system: You are a helpful assistant.
user:
Analyze the provided spectrum to determine if it is a **White Dwarf (WD)**.

A White Dwarf spectrum is defined by its **extreme purity** (due to gravitational settling) and/or **extreme pressure broadening** (due to high surface gravity). You must check for one of the following mutually exclusive signatures:

- **Key Visual Indicators (Check for ONE of these types):**

    - **1. DA-Type Signature (Most Common):**
        - **(Primary Feature):** Extreme pressure broadening (Stark broadening) of the **Hydrogen (H) Balmer lines**.
        - **(Key Lines):** $H\beta$ (approx. $4861$ Å) and $H\gamma$ (approx. $4340$ Å). $H\alpha$ (approx. $6563$ Å) will also be present if the wavelength range covers it.
        - **(Line Profile):** This is the **defining feature**. The lines are **NOT** sharp. They appear as massive, **extremely broad and deep "troughs" or "dips"** in the spectrum, often hundreds of Ångströms wide. The continuum will appear to "scoop" down at these wavelengths.
        - **(Distinction):** Normal A-type or B-type stars have *narrow* and *sharp* Hydrogen lines. A DA White Dwarf's lines are unmistakably "smeared" or "blurry" from pressure.

    - **2. DB-Type Signature:**
        - **(Primary Feature):** Broad absorption lines from **Neutral Helium (He I)**. The spectrum must lack any visible Hydrogen lines.
        - **(Key Lines):** Look for broad absorption near $4471$ Å, $4921$ Å, and $5876$ Å.
        - **(Line Profile):** These lines are also significantly pressure-broadened, appearing much wider than they would in a normal B-type main-sequence star.

    - **3. DC-Type Signature:**
        - **(Primary Feature):** A **featureless continuous spectrum**.
        - **(Line Profile):** The spectrum is a smooth curve with **no significant absorption or emission lines**.
        - **(Key Confirmation):** The continuum is almost always **blue or white**, indicating a hot object. This signature implies the atmosphere is so pure (or so cool) that no spectral lines are visible in the optical range. Its WD identity is confirmed by its extremely low intrinsic brightness (high absolute magnitude).

    - **4. DZ-Type Signature (Metal-Polluted):**
        - **(Primary Feature):** **Isolated, narrow metal absorption lines** on an otherwise featureless (DC-like) continuum.
        - **(Key Lines):** The **Calcium (Ca II) H & K doublet** (approx. **$3934$ Å** and **$3968$ Å**) is the most common and defining feature.
        - **(Line Profile):** These lines are "out of place." They are *not* part of a "forest" of thousands of lines. This signature is evidence of recent *accretion* (pollution) from rocky debris.
        - **(Distinction):** Normal G/K/M stars have a *dense forest* of thousands of metal lines. A DZ has a *clean* continuum with *only a few* strong metal lines.

    - **5. DQ-Type Signature (Carbon-Polluted):**
        - **(Primary Feature):** Absorption bands from **Carbon (C₂ "Swan Bands" or atomic C I)**.
        - **(Key Lines - C₂):** Look for bandheads with a "saw-tooth" shape near $5635$ Å, **$5165$ Å** (strongest), and $4737$ Å.
        - **(Key Confirmation):** The underlying **continuum must be blue or white** (hot).
        - **(Distinction):** This is the critical difference from a **Carbon Star**, which has the *exact same* C₂ bands but on an extremely **red, cool** continuum.

- **(Overall Spectrum):**
    - The continuum (overall shape) is typically **blue-sloping** (brighter in the blue than the red), as most white dwarfs are very hot.
    - The spectrum will look "pure" or "simple," dominated by only *one* of the five signatures listed above.

Think first, call **spectral_visualization_tool** if needed to examine features in detail, then provide your final answer. Your response must adhere to the following strict rules:
1.  **Overall Structure:** Your response must follow the format `<think>...</think> <tool_call>...</tool_call> (if a tool is used) <answer>...</answer>`.
2.  **Tool Usage Constraint:** You may only make **one** tool call per turn.
3.  **Final Answer Format:** In the `<answer>` tag, your conclusion must be inside a `\boxed{}` command (e.g., `\boxed{YES}` or `\boxed{NO}`), followed by your justification.

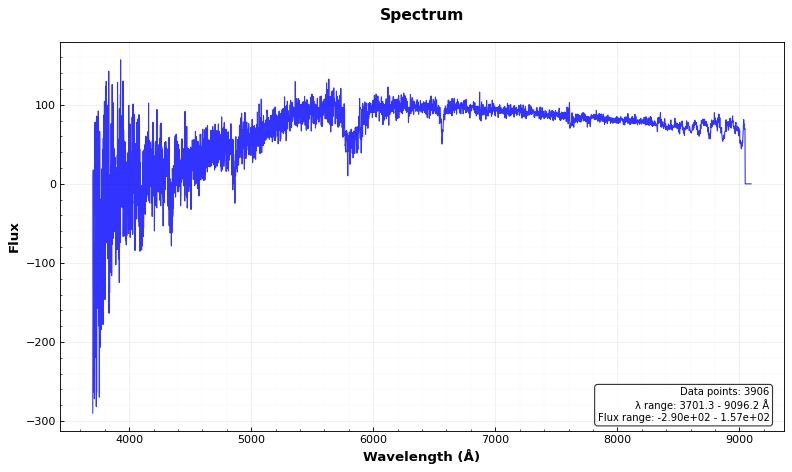
Answer: YES